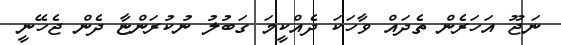
ނަޖޫ އަހަރެން ތެދައް ވާހަކަ ދެއްކީމަ ގަބުލު ނުކުރަންޏާ ދެން ޖެހޭނީ